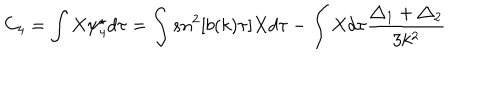
C _ { 4 } = \int X \psi _ { 4 } ^ { \star } d \tau = \int s n ^ { 2 } [ b ( k ) \tau ] X d \tau - \int X d \tau \frac { \triangle _ { 1 } + \triangle _ { 2 } } { 3 k ^ { 2 } }